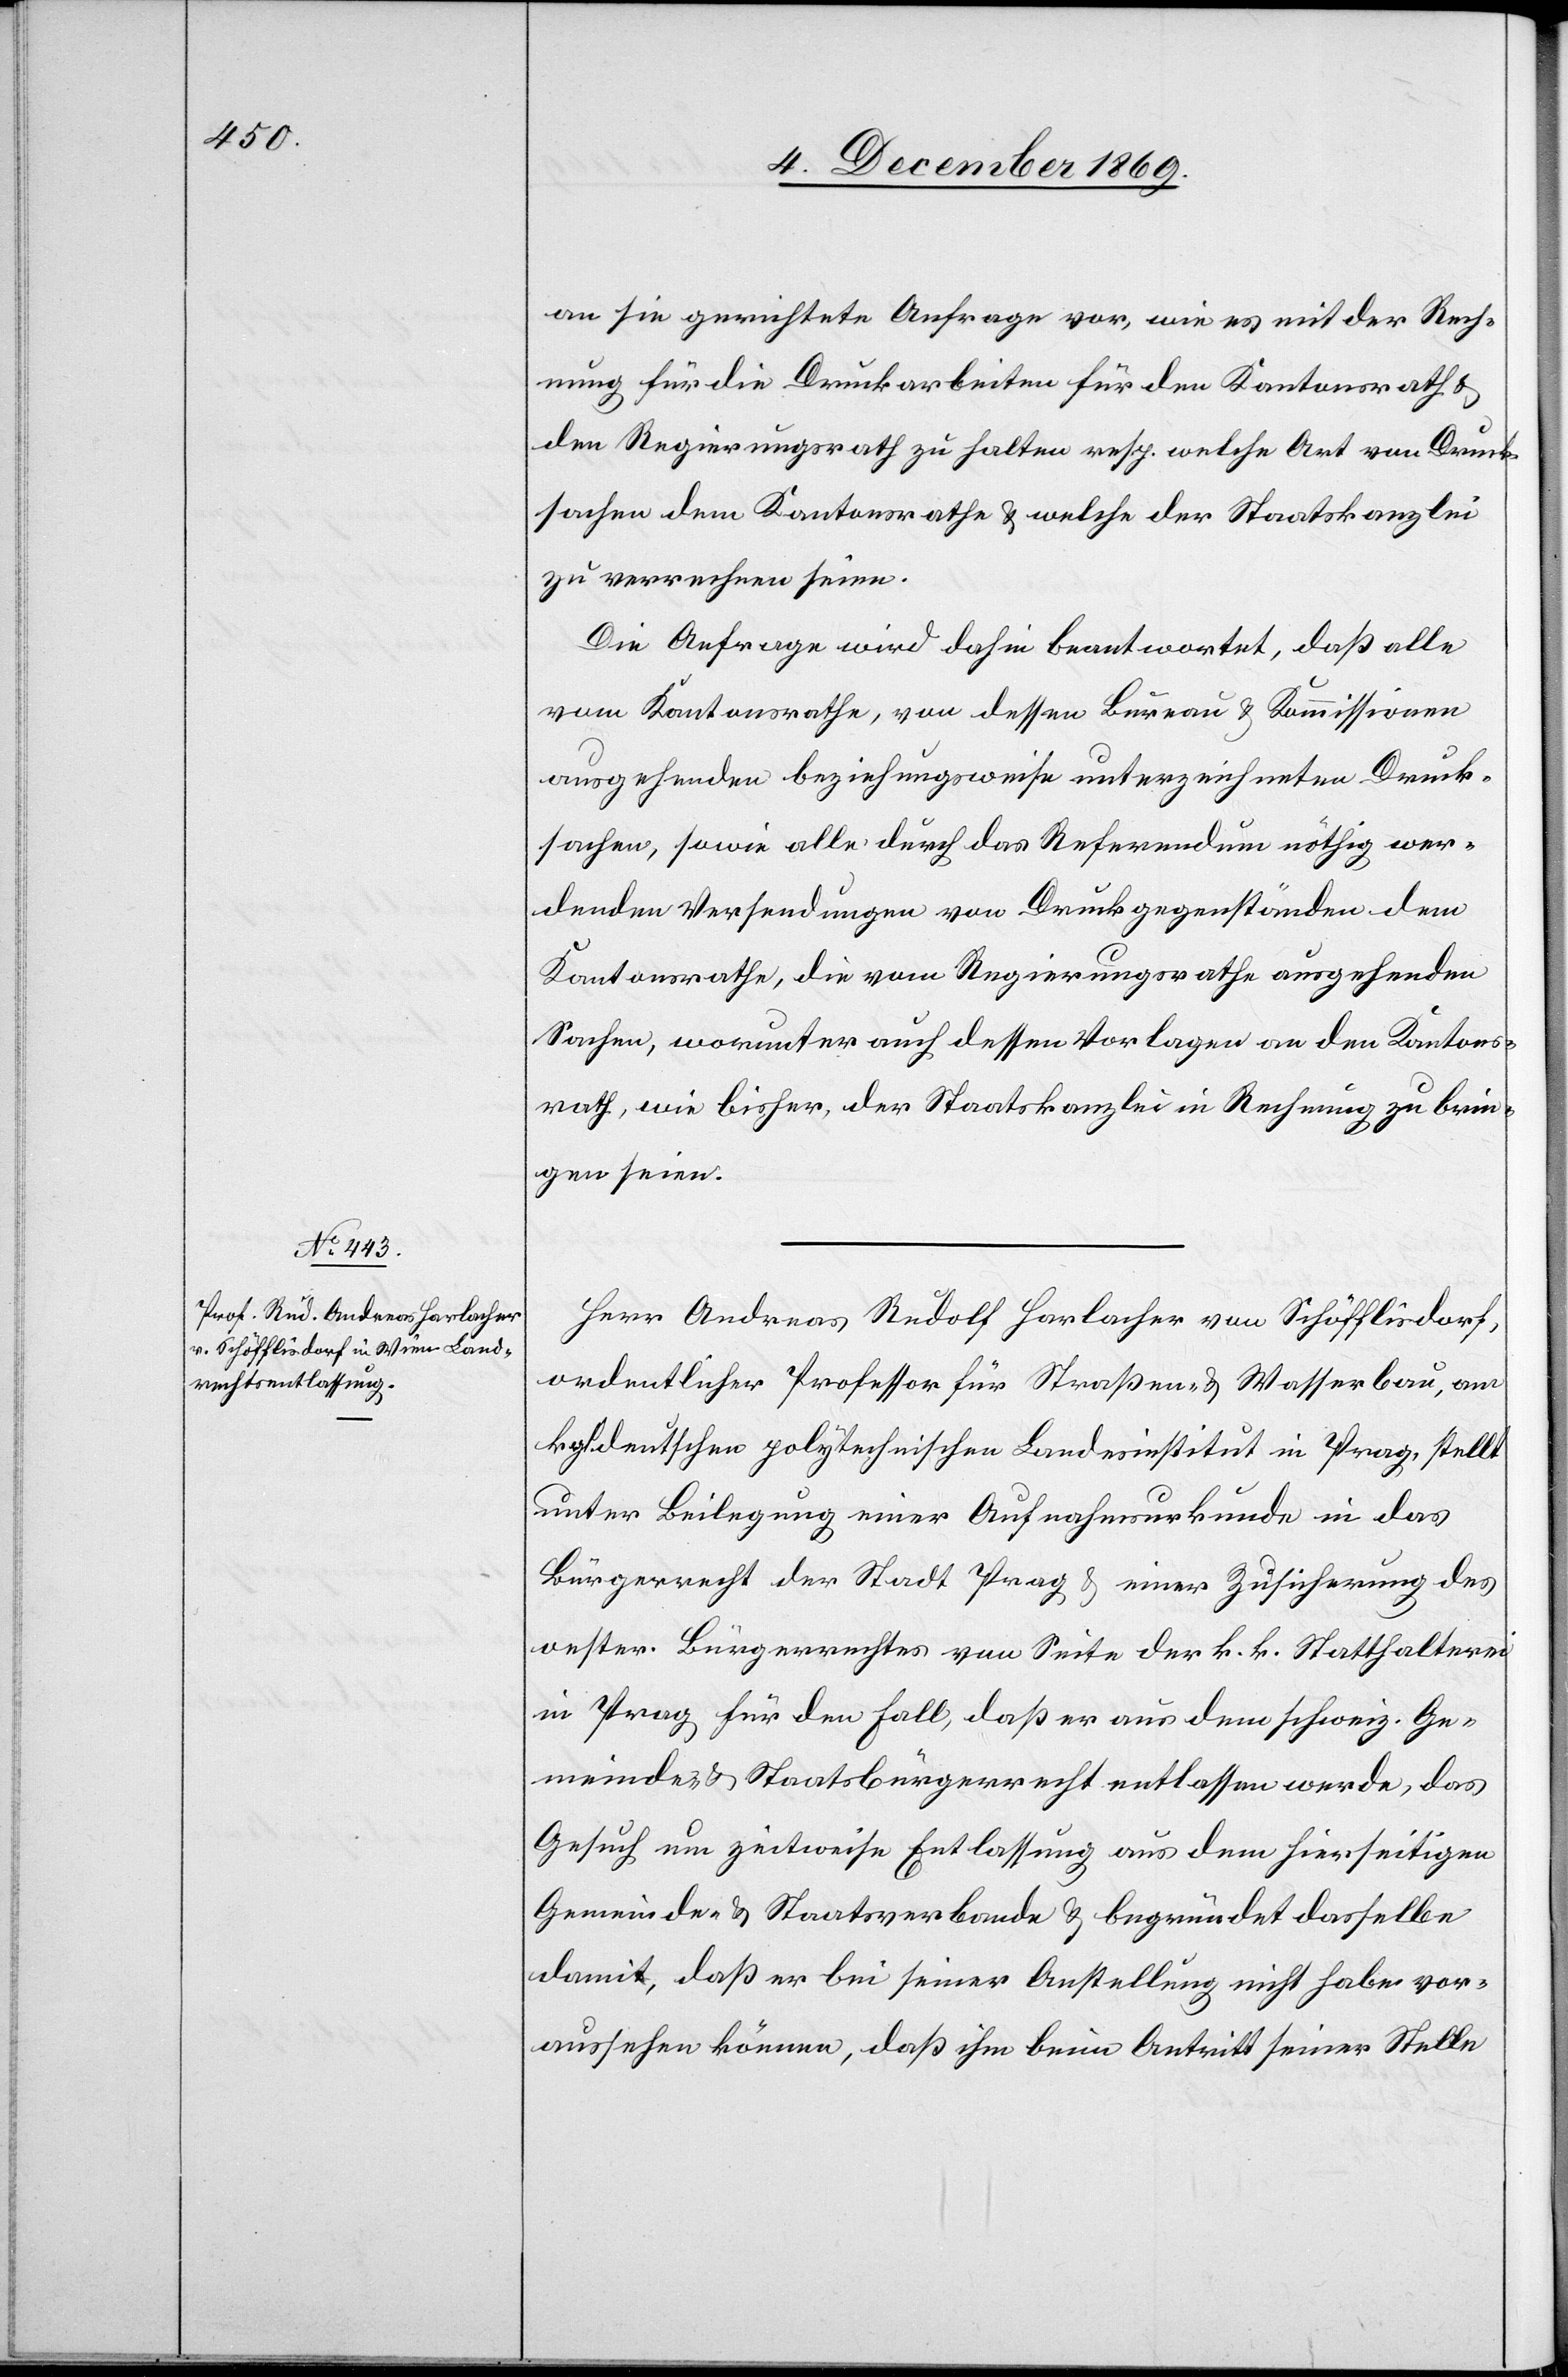
an sie gerichtete Anfrage vor, wie es mit der Rech¬
nung für die Druckarbeiten für den Kantonsrath &
den Regierungsrath zu halten resp. welche Art von Druck¬
sachen dem Kantonsrathe & welche der Staatskanzlei
zu verrechnen seien.
Die Anfrage wird dahin beantwortet, daß alle
vom Kantonsrathe, von dessen Bureau & Kommissionen
ausgehenden beziehungsweise unterzeichneten Druck¬
sachen, sowie alle durch das Referendum nöthig wer¬
denden Versendungen von Druckgegenständen dem
Kantonsrathe, die vom Regierungsrathe ausgehenden
Sachen, worunter auch dessen Vorlagen an den Kantons¬
rath, wie bisher, der Staatskanzlei in Rechnung zu brin¬
gen seien.
Herr Andreas Rudolf Harlacher von Schöfflisdorf,
ordentlicher Professor für Straßen- & Wasserbau, am
kgl. deutschen polytechnischen Landesinstitut in Prag, stellt
unter Beilegung einer Aufnahmsurkunde in das
Bürgerrecht der Stadt Prag & einer Zusicherung des
oester. Bürgerrechtes von Seite der k. k. Statthalterei
in Prag für den Fall, daß er aus dem schweiz. Ge¬
meinde- & Staatsbürgerrecht entlassen werde, das
Gesuch um zeitweise Entlassung aus dem hierseitigen
Gemeinde- & Staatsverbande & begründet dasselbe
damit, daß er bei seiner Anstellung nicht habe vor¬
aussehen können, daß ihm beim Antritt seiner Stelle